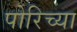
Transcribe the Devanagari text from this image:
पोरिच्या